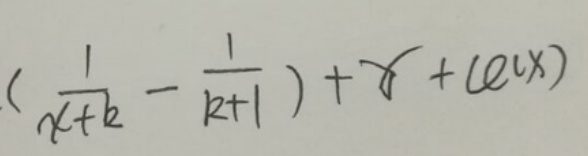
\((\frac{1}{x + k}-\frac{1}{k + 1})+x+(e^{x})\)